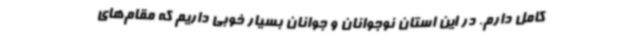
کامل دارم. در این استان نوجوانان و جوانان بسیار خوبی داریم که مقام‌های